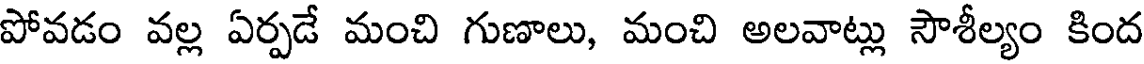
పోవడం వల్ల ఏర్పడే మంచి గుణాలు, మంచి అలవాట్లు సౌశీల్యం కింద